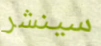
سينشر